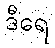
ဒီရေ